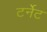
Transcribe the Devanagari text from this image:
टर्नेट